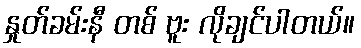
နှုတ်ခမ်းနီ တစ် ဗူး လိုချင်ပါတယ်။